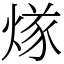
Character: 煫